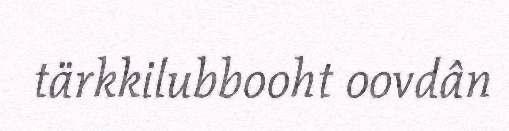
tärkkilubbooht oovdân